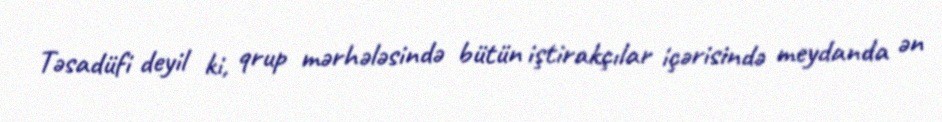
Təsadüfi deyil ki, qrup mərhələsində bütün iştirakçılar içərisində meydanda ən